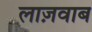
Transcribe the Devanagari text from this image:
लाज़वाब